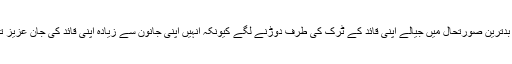
اس بدترین صورتحال میں جیالے اپنی قائد کے ٹرک کی طرف دوڑنے لگے کیونکہ انہیں اپنی جانون سے زیادہ اپنی قائد کی جان عزیز تھی۔